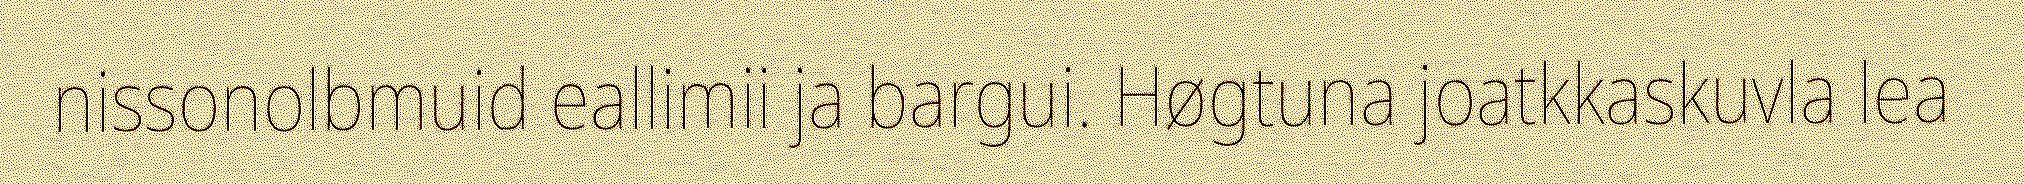
nissonolbmuid eallimii ja bargui. Høgtuna joatkkaskuvla lea